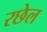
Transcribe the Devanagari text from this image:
रछेल